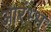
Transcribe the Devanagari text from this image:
आरंभ्भ